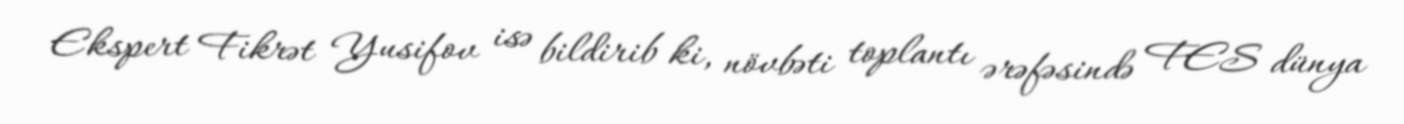
Ekspert Fikrət Yusifov isə bildirib ki, növbəti toplantı ərəfəsində FES dünya